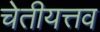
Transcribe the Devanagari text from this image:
चेतीयत्तव